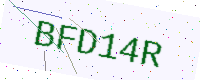
Text: BFD14R